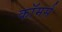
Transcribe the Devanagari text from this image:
काॅमर्स